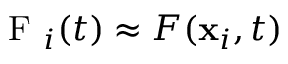
\mathrm { ~ F ~ } _ { i } ( t ) \approx F ( \mathbf { x } _ { i } , t )